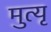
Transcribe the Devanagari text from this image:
मुत्यृ